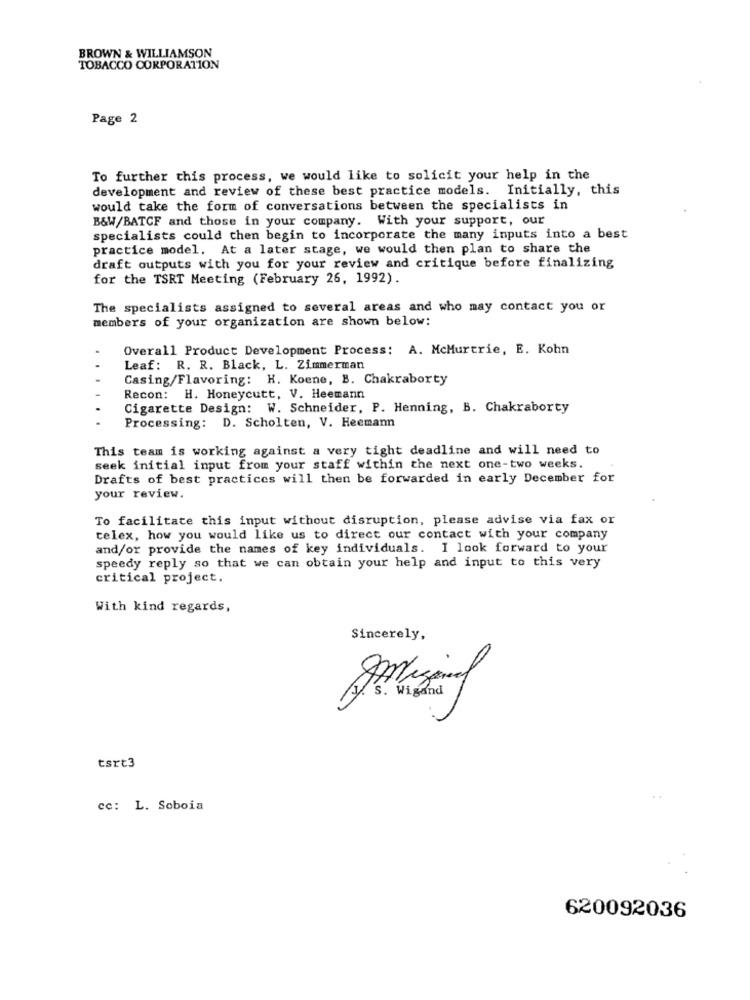
BROWN & WILLIAMSON
TOBACCO CORPORATION
Page 2
To further this process, we would like to solicit your help in the
development and review of these best practice models. Initially, this
would take the form of conversations between the specialists in
B&W/BATCF and those in your company. With your support, our
specialists could then begin to incorporate the many inputs into a best
practice model. At a later stage, we would then plan to share the
draft outputs with you for your review and critique before finalizing
for the TSRT Meeting (February 26, 1992).
The specialists assigned to several areas and who may contact you or
members of your organization are shown below:
Overall Product Development Process: A. McMurtrie, E. Kohn
Leaf: R. R. Black, L. Zimmerman
Casing/Flavoring: H. Koene, B. Chakraborty
Recon: H. Honeycutt, V. Heemann
Cigarette Design: W. Schneider, P. Henning, B. Chakraborty
Processing: D. Scholten, V. Heemann
This team is working against a very tight deadline and will need to
seek initial input from your staff within the next one-two weeks.
Drafts of best practices will then be forwarded in early December for
your review.
To facilitate this input without disruption, please advise via fax or
telex, how you would like us to direct our contact with your company
and/or provide the names of key individuals. I look forward to your
speedy reply so that we can obtain your help and input to this very
critical project.
With kind regards,
Sincerely,
tsrt3
cc: L. Soboia
620092036